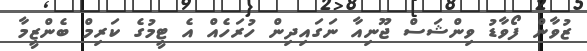
ޒުވާން ފޯވާޑު ވިންޝަސް ޖޫނިއާ ނަގައިދިން ހުރަހެއް އެ ޓީމުގެ ކަރިމް ބެންޒީމާ